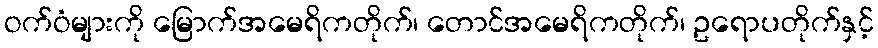
ဝက်ဝံများကို မြောက်အမေရိကတိုက်၊ တောင်အမေရိကတိုက်၊ ဥရောပတိုက်နှင့်